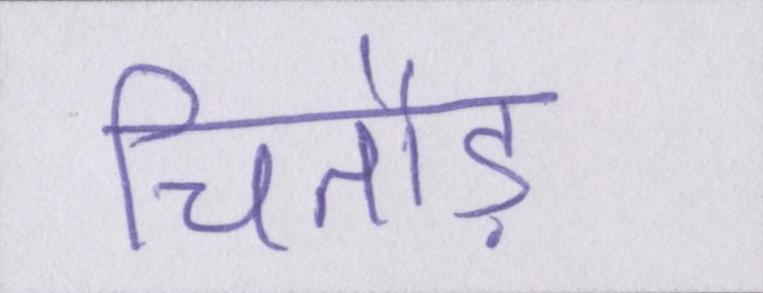
चितौड़